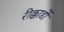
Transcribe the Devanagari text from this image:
रीक्कार्डो